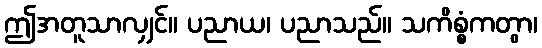
ဤအတူသာလျှင်။ ပညာယ၊ ပညာသည်။ သကိစ္စံကတွာ၊